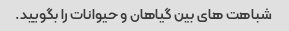
شباهت های بین گیاهان و حیوانات را بگویید.